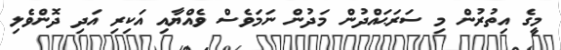
މީގެ އިތުރުން މި ސަރަޙައްދުން މަދުން ނަމަވެސް ވެއްޔާއި އަކިރި އަދި ދޮންވެލި